Civil Veterinary Department. Madras. Admin. report 1910-25 - 1910-1925
Year: 1910
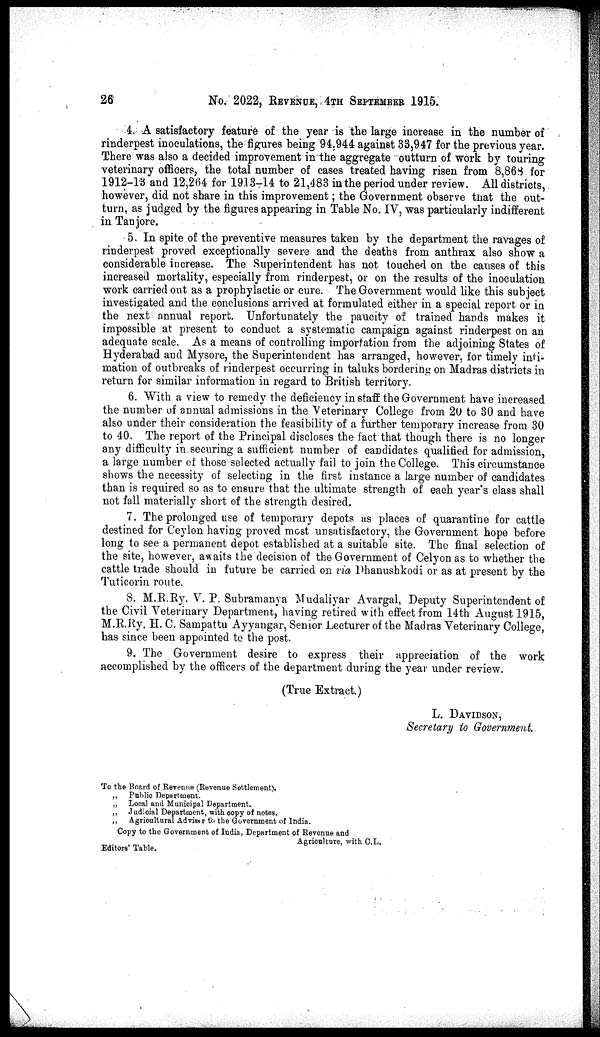
26
No. 2022, REVENUE, 4TH SEPTEMBER 1915.
4. A satisfactory feature of the year is the large increase in the number of
rinderpest inoculations, the figures being 94,944 against 38,947 for the previous year.
There was also a decided improvement in the aggregate outturn of work by touring
veterinary officers, the total number of cases treated having risen from 8,868 for
1912-13 and 12,264 for 1913-14 to 21,483 in the period under review. All districts,
however, did not share in this improvement; the Government observe that the out-
turn, as judged by the figures appearing in Table No. IV, was particularly indifferent
in Tanjore.
5. In spite of the preventive measures taken by the department the ravages of
rinderpest proved exceptionally severe and the deaths from anthrax also show a
considerable increase. The Superintendent has not touched on the causes of this
increased mortality, especially from rinderpest, or on the results of the inoculation
work carried out as a prophylactic or cure. The Government would like this subject
investigated and the conclusions arrived at formulated either in a special report or in
the next annual report. Unfortunately the paucity of trained hands makes it
impossible at present to conduct a systematic campaign against rinderpest on an
adequate scale. As a means of controlling importation from the adjoining States of
Hyderabad and Mysore, the Superintendent has arranged, however, for timely inti-
mation of outbreaks of rinderpest occurring in taluks bordering on Madras districts in
return for similar information in regard to British territory.
6. With a view to remedy the deficiency in staff the Government have increased
the number of annual admissions in the Veterinary College from 20 to 30 and have
also under their consideration the feasibility of a further temporary increase from 30
to 40. The report of the Principal discloses the fact that though there is no longer
any difficulty in securing a sufficient number of candidates qualified for admission,
a large number of those selected actually fail to join the College. This circumstance
shows the necessity of selecting in the first instance a large number of candidates
than is required so as to ensure that the ultimate strength of each year's class shall
not fall materially short of the strength desired.
7. The prolonged use of temporary depots as places of quarantine for cattle
destined for Ceylon having proved most unsatisfactory, the Government hope before
long to see a permanent depot established at a suitable site. The final selection of
the site, however, awaits the decision of the Government of Celyon as to whether the
cattle trade should in future be carried on via Dhanushkodi or as at present by the
Tuticorin route.
8. M.R.Ry. V. P. Subramanya Mudaliyar Avargal, Deputy Superintendent of
the Civil Veterinary Department, having retired with effect from 14th August 1915,
M.R.Ry. H. C. Sampattu Ayyangar, Senior Lecturer of the Madras Veterinary College,
has since been appointed to the post.
9. The Government desire to express their appreciation of the work
accomplished by the officers of the department during the year under review.
(True Extract.)
L. DAVIDSON,
Secretary to Government.
To the Board of Revenue (Revenue Settlement).
„ Public Department.
„ Local and Municipal Department.
„ Judicial Department, with copy of notes.
„ Agricultural Adviser to the Government of India.
Copy to the Government of India, Department of Revenue and
Agriculture, with C.L.
Editors' Table.